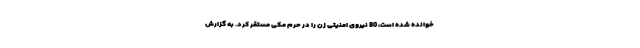
خوانده شده است، 80 نیروی امنیتی زن را در حرم مکی مستقر کرد. به گزارش